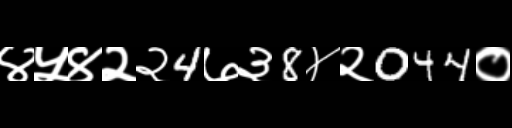
Text: ४५४२२4७३8४२044०